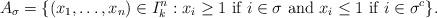
LaTeX: \begin{align*}A_{\sigma} = \{(x_1, \ldots, x_n) \in I^n_k : x_i \geq 1 ~ \mbox{if} ~ i \in \sigma ~ \mbox{and} ~ x_i \leq 1 ~ \mbox{if}~i \in \sigma^c\}. \end{align*}